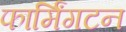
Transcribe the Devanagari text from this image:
फार्मिंगटन